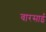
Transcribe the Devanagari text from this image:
वारसाई